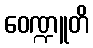
ဝေဏ္ဍူတိ